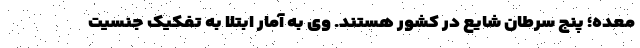
معده؛ پنج سرطان شایع در کشور هستند. وی به آمار ابتلا به تفکیک جنسیت